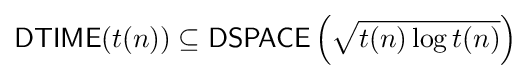
{\mathsf {DTIME}}(t(n))\subseteq {\mathsf {DSPACE}}\left({\sqrt {t(n)\log t(n)}}\right)